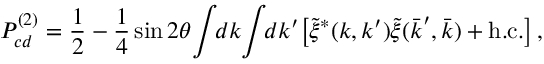
P _ { c d } ^ { ( 2 ) } = \frac { 1 } { 2 } - \frac { 1 } { 4 } \sin 2 \theta \! \int \! \! d \boldsymbol { k } \! \int \! \! d \boldsymbol { k } ^ { \prime } \! \left[ \tilde { \xi } ^ { * } ( \boldsymbol { k } , \boldsymbol { k } ^ { \prime } ) \tilde { \xi } ( \bar { \boldsymbol { k } } ^ { \prime } , \bar { \boldsymbol { k } } ) + \mathrm { { h . c . } } \right] ,